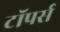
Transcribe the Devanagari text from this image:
टॉपर्स